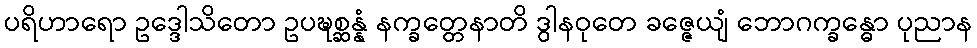
ပရိဟာရော ဥဒ္ဒေါသိတော ဥပဍ္ဎစ္ဆန္နံ နက္ခတ္တေနာတိ ဒွါနဝုတေ ခဇ္ဇေယျံ ဘောဂက္ခန္ဓော ပုညာန